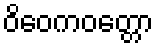
ဝိဝေကဝတ္တော